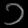
Digit: ၁